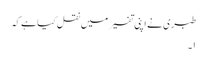
طبری نے اپنی تفسیر میں نقل کیا ہے کہ
۱۔